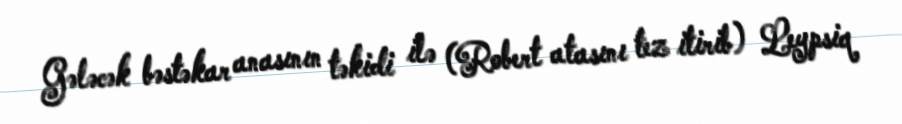
Gələcək bəstəkar anasının təkidi ilə (Robert atasını tez itirib) Leypsiq